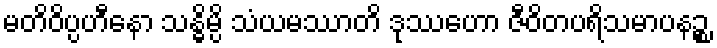
မတိဝိပ္ပဟီနော သန္ဓိမ္ပိ သံယမဿာတိ ဒုဿဟော ဇီဝိတပရိသမာပနဉ္စ